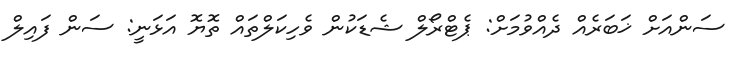
ސަންއަށް ޚަބަރެއް ދެއްވުމަށް: ޕެޓްރޯލް ޝެޑަކުން ވެހިކަލްތައް ތޮޔޮ އަޅަނީ: ސަން ފައިލް